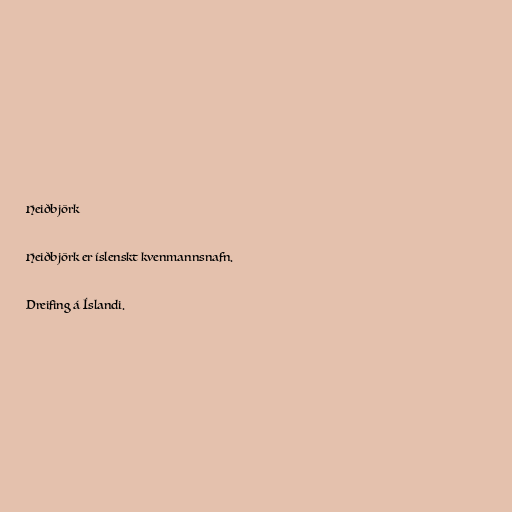
Heiðbjörk

Heiðbjörk er íslenskt kvenmannsnafn.

Dreifing á Íslandi.